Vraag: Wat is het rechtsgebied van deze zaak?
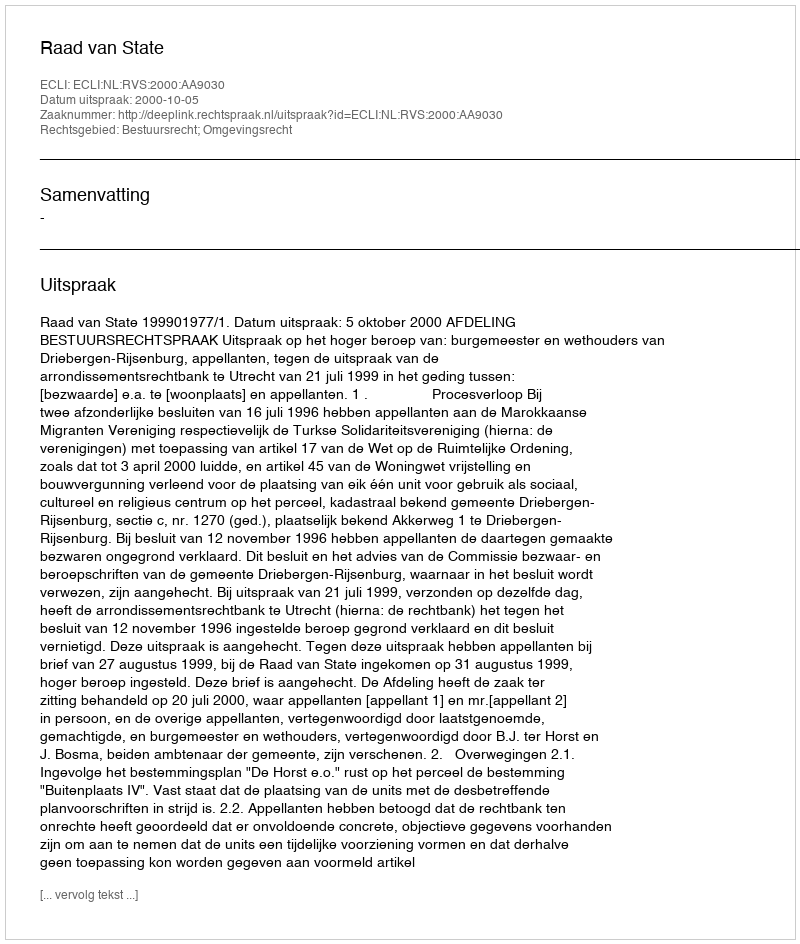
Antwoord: Bestuursrecht; Omgevingsrecht